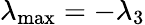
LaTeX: \lambda_{\operatorname*{max}}=-\lambda_{3}